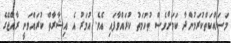
މަސައްކަތްކުރަމުންދާ ކަމަށްވެސް ތުހުމަތު ކުރައްވާފައި އެވެ. އުމަރު އެ އިޝާރާތް ކުރައްވަނީ ރާއްޖޭގެ